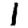
Digit: 1